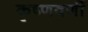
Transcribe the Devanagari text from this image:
कृष्णवर्णी